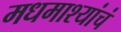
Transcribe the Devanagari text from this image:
मधमाश्यांचं